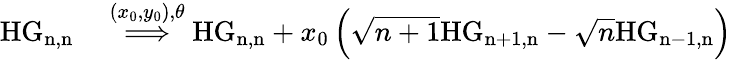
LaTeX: \begin{array}{rl}{\mathrm{HG_{n,n}}}&{{}\overset{(x_{0},y_{0}),\theta}{\Longrightarrow}\mathrm{HG_{n,n}}+x_{0}\left(\sqrt{n+1}\mathrm{HG_{n+1,n}}-\sqrt{n}\mathrm{HG_{n-1,n}}\right)}\end{array}